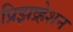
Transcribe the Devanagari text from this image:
प्रिझव्र्हेशन